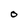
Character: O